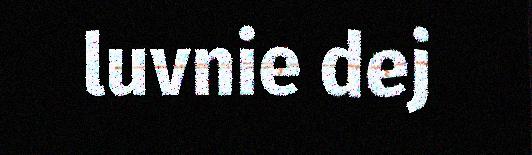
luvnie dej